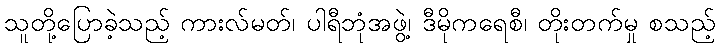
သူတို့ပြောခဲ့သည့် ကားလ်မတ်၊ ပါရီဘုံအဖွဲ့၊ ဒီမိုကရေစီ၊ တိုးတက်မှု စသည့်